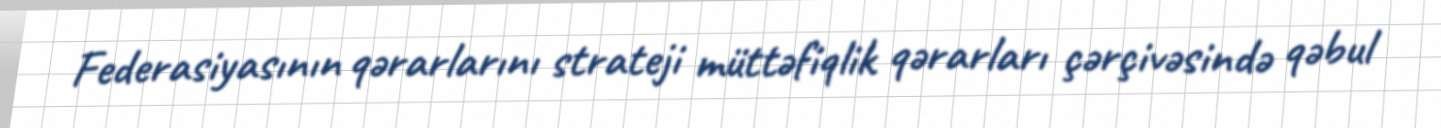
Federasiyasının qərarlarını strateji müttəfiqlik qərarları çərçivəsində qəbul